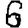
Digit: 6